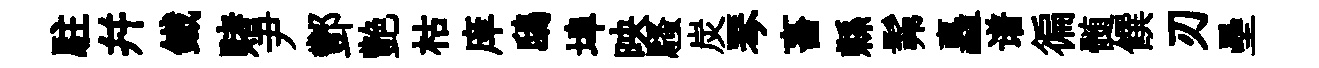
駐幷鐵赌尹酆艶枯庠鴟埠映騷炭琴畜縣髴矗谱徧髄饌刃壘